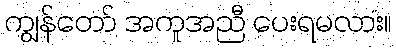
ကျွန်တော် အကူအညီ ပေးရမလား။